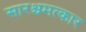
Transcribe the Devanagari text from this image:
सारश्चमत्कार